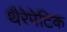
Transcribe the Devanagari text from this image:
थैरेपेटिक